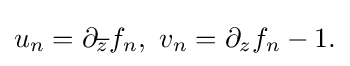
\displaystyle {u_{n}=\partial _{\overline {z}}f_{n},\,\,v_{n}=\partial _{z}f_{n}-1.}